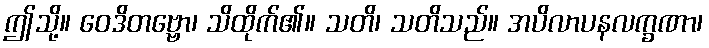
ဤသို့။ ဝေဒိတဗ္ဗော၊ သိထိုက်၏။ သတိ၊ သတိသည်။ အပိလာပနလက္ခဏာ၊